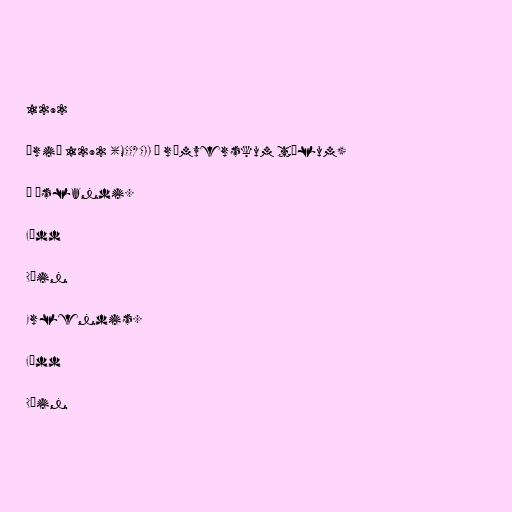
1292

Árið 1292 (MCCXCII í rómverskum tölum)

Á Íslandi.

Fædd

Dáin

Erlendis.

Fædd

Dáin